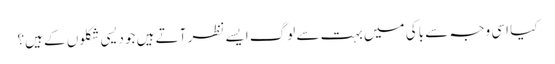
کیا اسی وجہ سے باکی میں بہت سے لوگ ایسے نظر آتے ہیں جو دیسی شکلوں کے ہیں؟